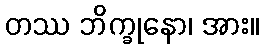
တဿ ဘိက္ခုနော၊ အား။